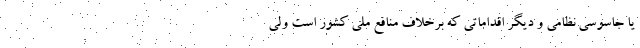
یا جاسوسی نظامی و دیگر اقداماتی که برخلاف منافع ملی کشور است ولی